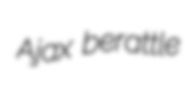
Ajax berattle